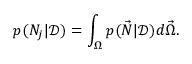
p ( N _ { j } | \mathcal D ) = \int _ { \Omega } p ( \vec { N } | \mathcal D ) d \vec { \Omega } .